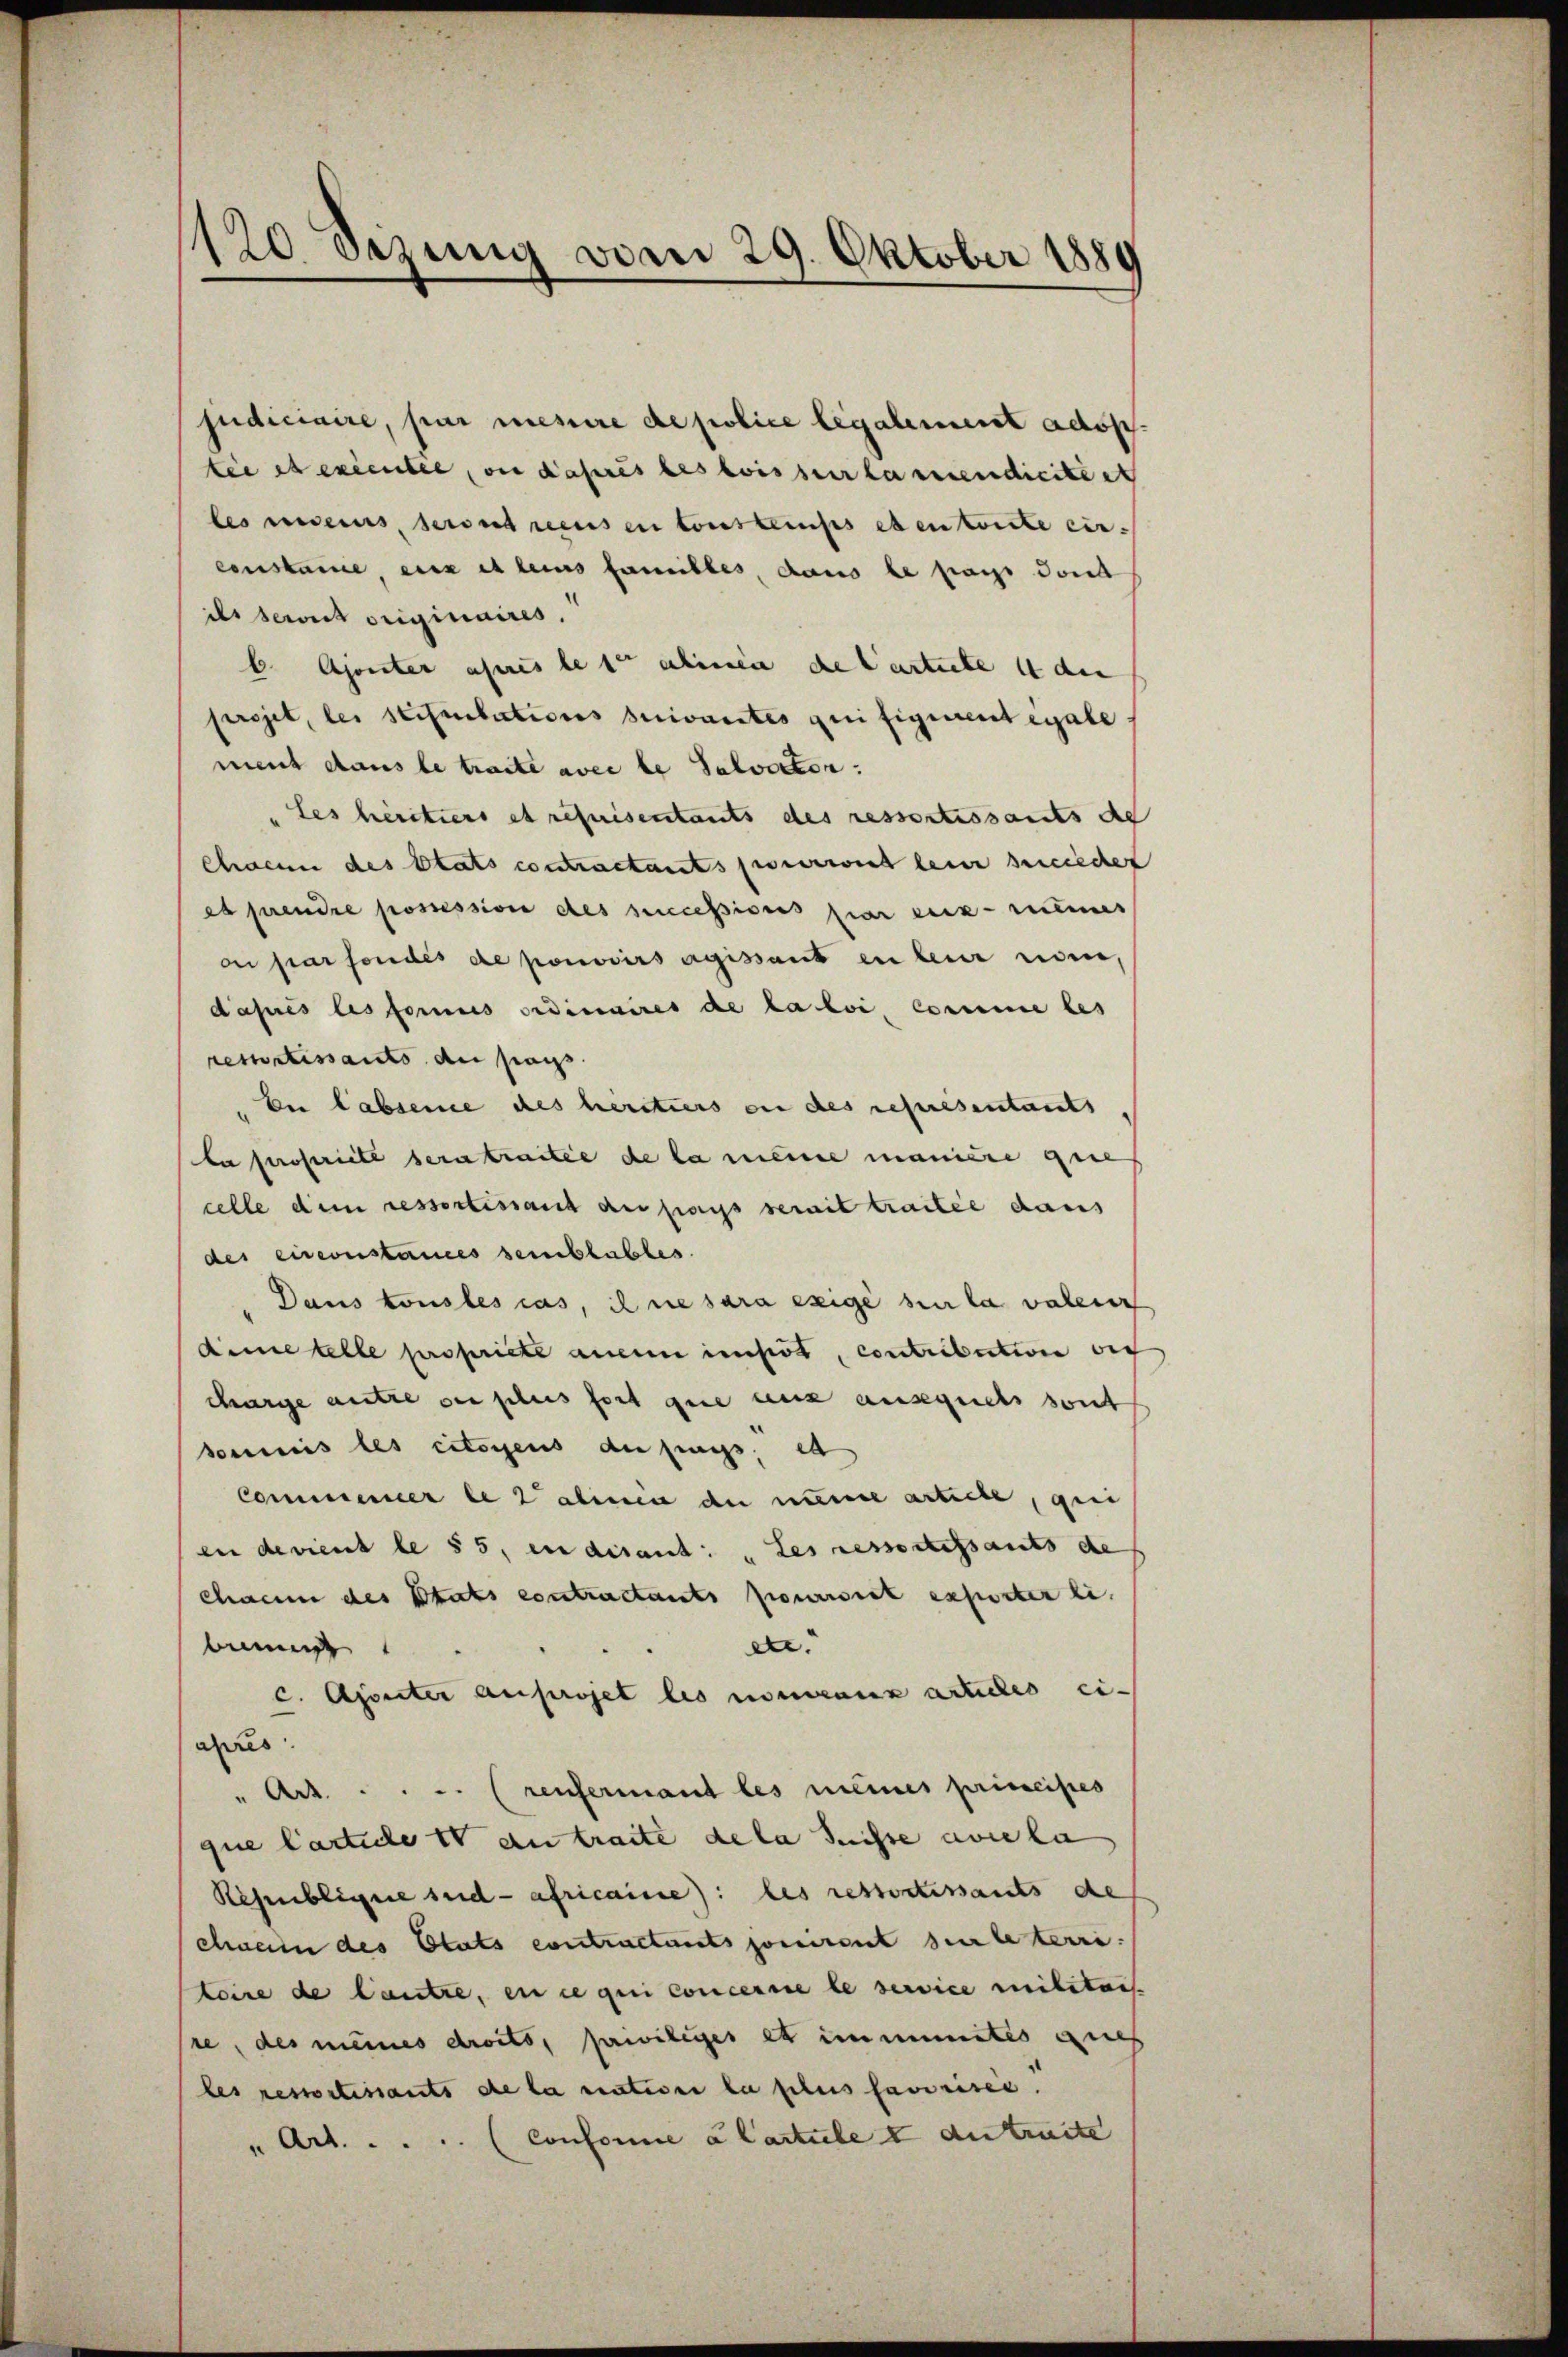
120 Sezung vom 29. Oktober 1889

judiciaire, par menire de police legalement adoptee et excentel, ou daheres des bis zuerkammendicite et
les riceius, seront recus en tous temps eben könte ein-
censkame, eine et leins familles, dans le pays dont
ils servit originaires.
b. Ajonter annes bett alinie die Lastete in den
projet, les seisenbations suivantes qui figurent égale
ment dans le traite avec le Salvictor.
les héritiers et requisentants des ressortissants de
Chacun des Etats contractants pourrirt leine succiechet
es prendre possession des successions par eux-mêmes
a par fondes de pouvoirs agissant in bin nein,
daprès les formus ordinaires de la loi, comme les
rematissants an sass.
bei Labsence des héritiers an des représentants
la propriete seratraitée de la meine manière gene
celle dem ressortissant du pays serait traitée dans
des circonstances semblables.
Daus konstes cas, il ne sara exige sie la valeur
Aime telle propriete anein impos, contribution des
charge autre der plus fort que aus ausquels sont
soumis les citoyens der frags, et
Commener le 2 alimen du nume article, qui
ee devient le 55, en disant: „Les ressoressants de
chacun des Etats contractants pourriet exporter si
ere.
bann
c. Ajouter auprojet les momeaux articles ei-
aires
" Art.  ..  .. (renfermant les meines principes
que larticle 10 an traite de la Suisse avre la
Risenbligne seid africaisse): les restortissants de
chain des Etats contractants ponirent sur terri
toire de Cautre, en ce qui concertie le service militais.
re, des meines droits, pawiliges et immunitis auch
les resportissants de la natione la plus faveriren.
" Art.  ..  ..  .. (Conforme à l’article I autreite